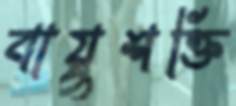
বায়ুশক্তি